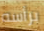
برأسه